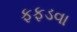
ફફડવા